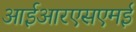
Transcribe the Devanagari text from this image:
आईआरएसएमई